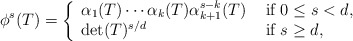
\begin{align*}\phi^s(T)=\left\{\begin{array}{ll}\alpha_1(T)\cdots \alpha_k(T) \alpha_{k+1}^{s-k}(T) & \mbox{ if }0\leq s< d,\\\det(T)^{s/d} & \mbox{ if } s\geq d,\end{array}\right.\end{align*}